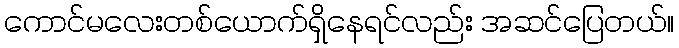
ကောင်မလေးတစ်ယောက်ရှိနေရင်လည်း အဆင်ပြေတယ်။